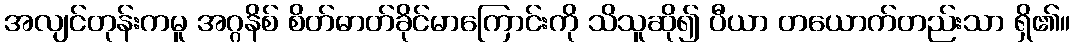
အလျင်တုန်းကမူ အဂ္ဂနိစ် စိတ်ဓာတ်ခိုင်မာကြောင်းကို သိသူဆို၍ ပီယာ တယောက်တည်းသာ ရှိ၏။